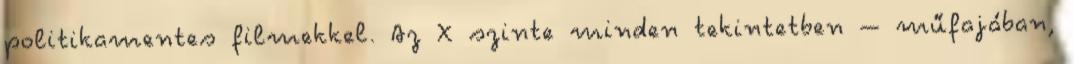
politikamentes filmekkel. Az X szinte minden tekintetben – műfajában,